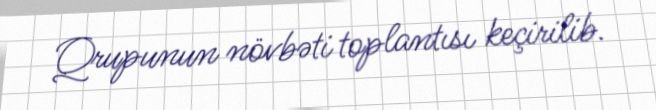
Qrupunun növbəti toplantısı keçirilib.